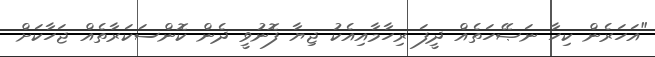
"އަހަރެން ކިހާ ނަޞޭހަތެއް ދީފަ ރިހާމާއިއެކު ޖިޔާ ފޮނުވީ ދެން ކޮންސަކަރާތެއް ޖަހާކަށް